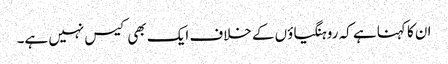
ان کا کہنا ہے کہ روہنگیاؤں کے خلاف ایک بھی کیس نہیں ہے۔